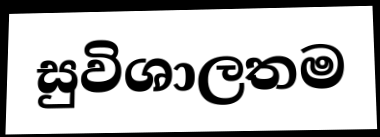
සුවිශාලතම